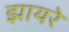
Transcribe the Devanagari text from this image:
झायरे